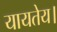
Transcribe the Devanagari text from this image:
यायतेय।